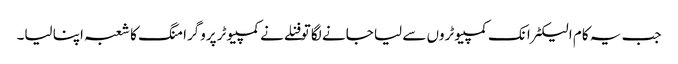
جب یہ کام الیکٹرانک کمپیوٹروں سے لیا جانے لگا تو فنلے نے کمپیوٹر پروگرامنگ کا شعبہ اپنا لیا۔